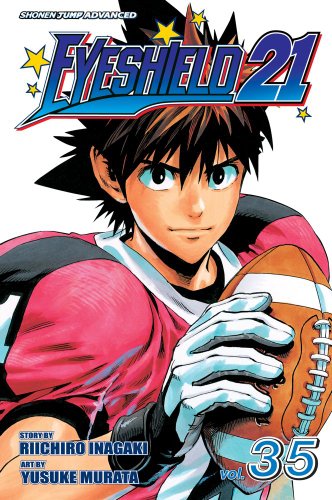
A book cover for Eyeshield 21, Vol. 35; Riichiro Inagaki; Comics & Graphic Novels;